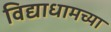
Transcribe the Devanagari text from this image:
विद्याधामच्या